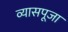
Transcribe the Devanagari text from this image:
व्यासपूजा